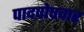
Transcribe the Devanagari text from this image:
पादपोपचार